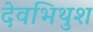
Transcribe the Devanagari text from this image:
देवभिथुश